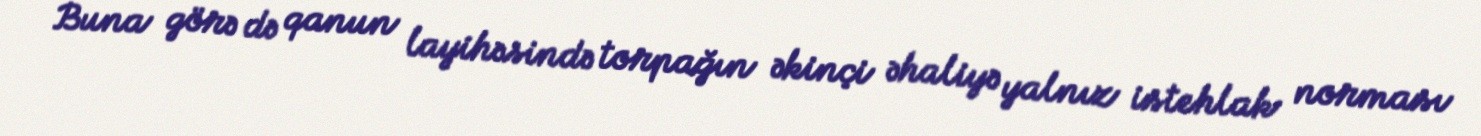
Buna görə də qanun layihəsində torpağın əkinçi əhaliyə yalnız istehlak norması